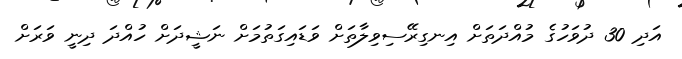
އަދި 30 ދުވަހުގެ މުއްދަތަށް އިނގިރޭސިވިލާތަށް ވަޑައިގަތުމަށް ނަޝީދަށް ހުއްދަ ދިނީ ވަރަށް